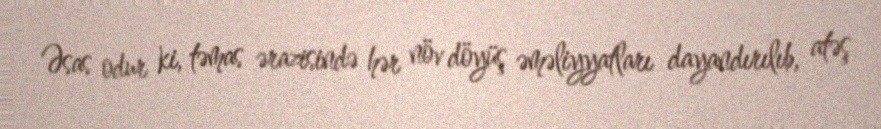
Əsas odur ki, təmas ərazisində hər növ döyüş əməliyyatları dayandırılıb, atəş